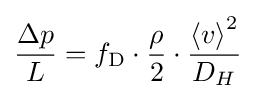
{\frac {\Delta p}{L}}=f_{\mathrm {D} }\cdot {\frac {\rho }{2}}\cdot {\frac {{\langle v\rangle }^{2}}{D_{H}}}